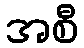
အစီ